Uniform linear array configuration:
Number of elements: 12
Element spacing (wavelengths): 1
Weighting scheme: exponential
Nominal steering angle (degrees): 15
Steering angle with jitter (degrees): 14.226
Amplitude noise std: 0.05
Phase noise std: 0.05

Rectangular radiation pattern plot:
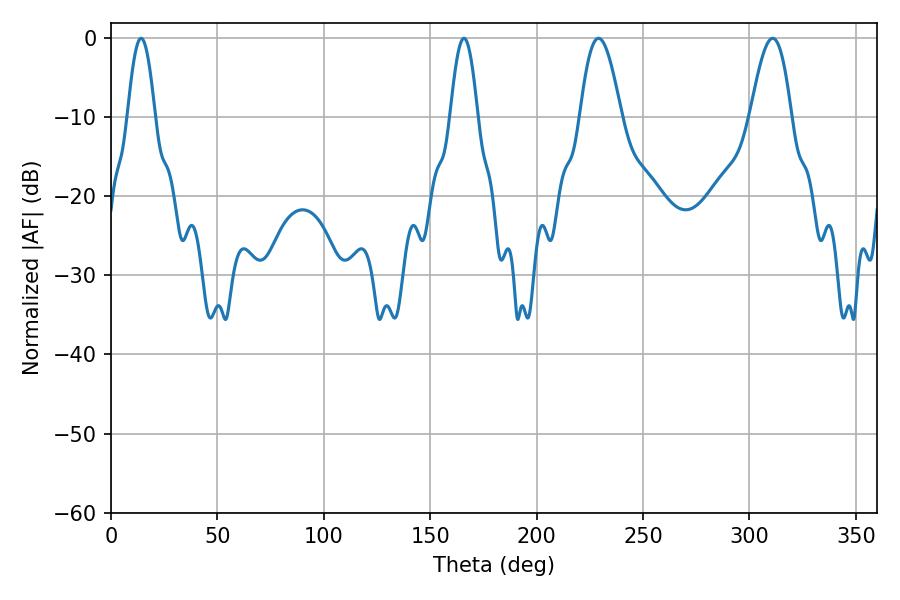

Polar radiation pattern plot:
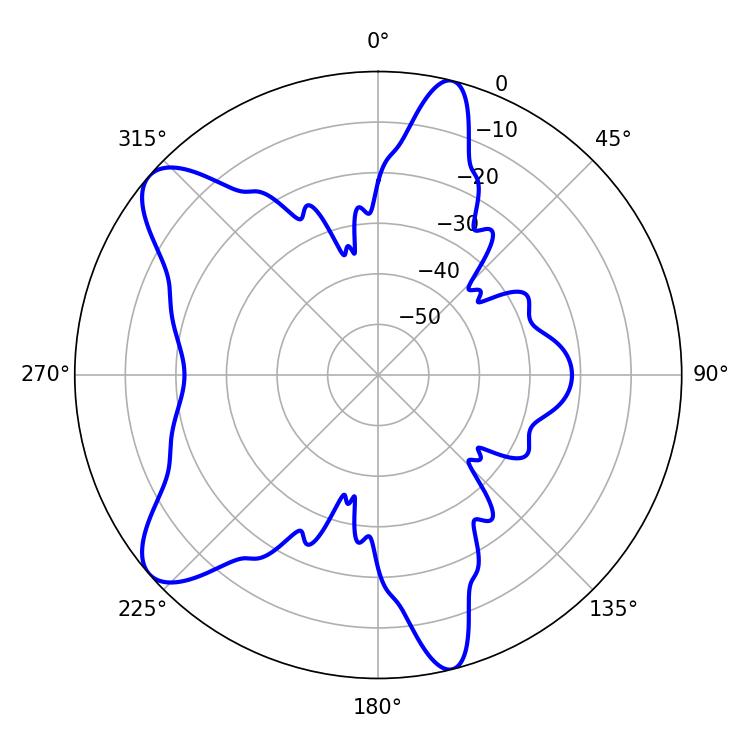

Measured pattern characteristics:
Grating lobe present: TRUE
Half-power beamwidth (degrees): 10.44
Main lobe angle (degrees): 229.14